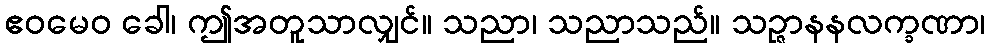
ဧဝမေဝ ခေါ၊ ဤအတူသာလျှင်။ သညာ၊ သညာသည်။ သဉ္ဇာနနလက္ခဏာ၊